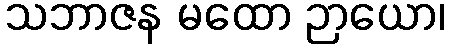
သဘာဇန မထော ဉာယော၊